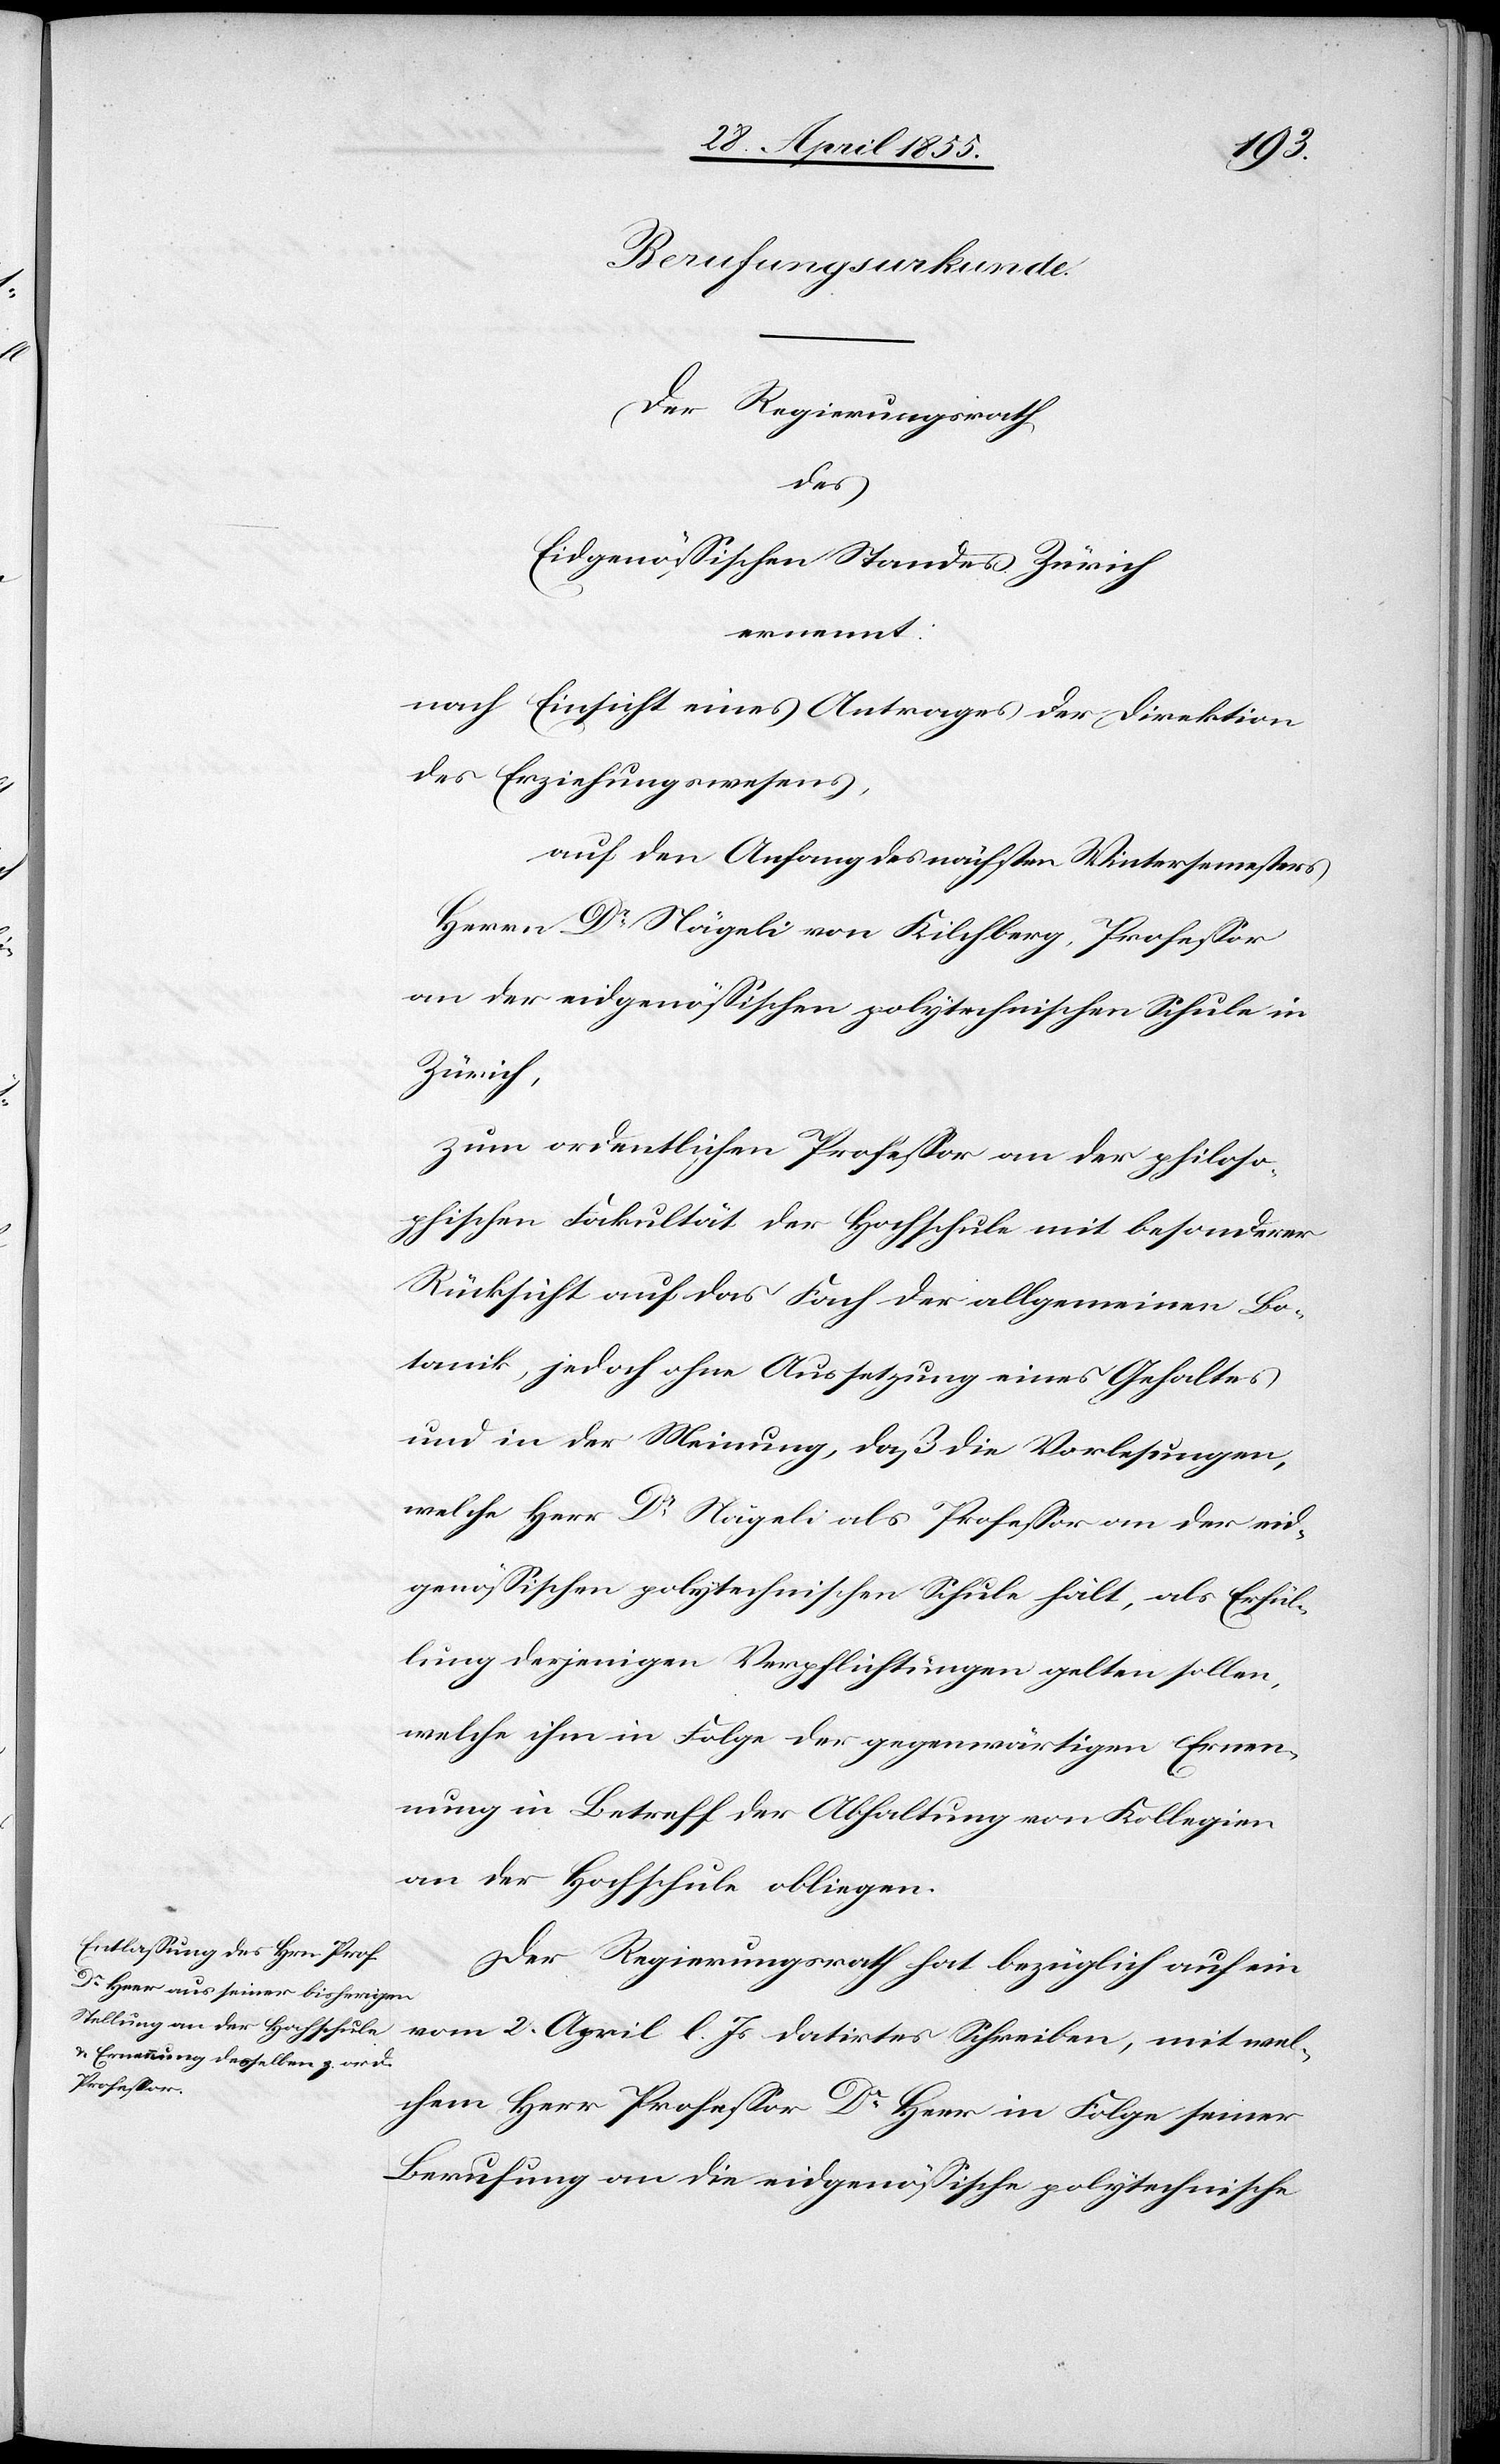
Berufungsurkunde.
Der Regierungsrath
des
Eidgenössischen Standes Zürich
ernennt:
nach Einsicht eines Antrages der Direktion
des Erziehungswesens,
auf den Anfang des nächsten Wintersemesters
Herrn Dr Nägeli von Kilchberg, Professor
an der eidgenössischen polytechnischen Schule in
Zürich,
zum ordentlichen Professor an der philoso¬
phischen Fakultät der Hochschule mit besonderer
Rücksicht auf das Fach der allgemeinen Bo¬
tanik, jedoch ohne Aussetzung eines Gehaltes
und in der Meinung, daß die Vorlesungen,
welche Herr Dr Nägeli als Professor an der eid¬
genössischen polytechnischen Schule hält, als Erfül¬
lung derjenigen Verpflichtungen gelten sollen,
welche ihm in Folge der gegenwärtigen Ernen¬
nung in Betreff der Abhaltung von Kollegien
an der Hochschule obliegen.
Der Regierungsrath hat bezüglich auf ein
vom 2. April l. Js. datirtes Schreiben, mit wel¬
chem Herr Professor Dr Heer in Folge seiner
Berufung an die eidgenössische polytechnische